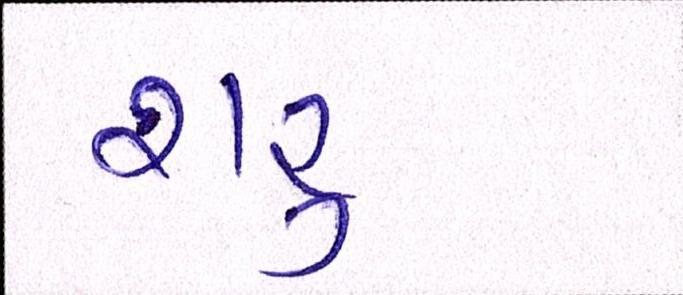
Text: શરૂ